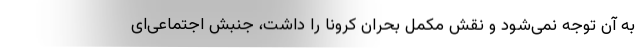
به آن توجه نمی‌شود و نقش مکمل بحران کرونا را داشت، جنبش اجتماعی‌ای